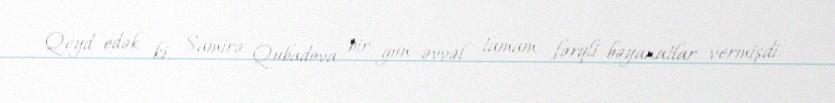
Qeyd edək ki, Samirə Qubadova bir gün əvvəl tamam fərqli bəyanatlar vermişdi.